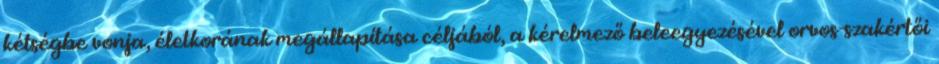
kétségbe vonja, életkorának megállapítása céljából, a kérelmező beleegyezésével orvos-szakértői